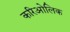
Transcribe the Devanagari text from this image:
करिओलिक